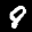
Label: 8